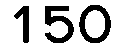
150